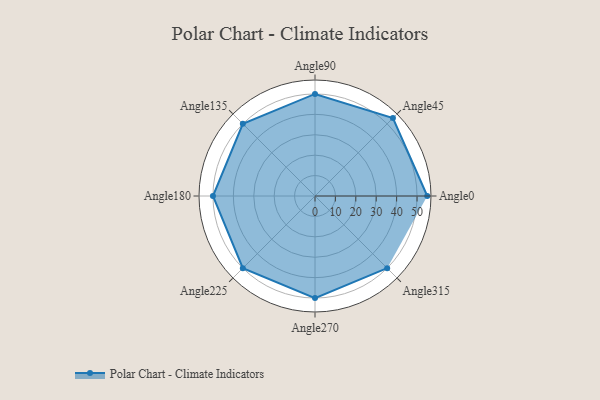
{"axis": {"x": "Angle", "y": "Radius"}, "legend": [""], "data": [{"x": "Angle0", "y": 55.0, "type": ""}, {"x": "Angle45", "y": 54.0, "type": ""}, {"x": "Angle90", "y": 50, "type": ""}, {"x": "Angle135", "y": 50, "type": ""}, {"x": "Angle180", "y": 50, "type": ""}, {"x": "Angle225", "y": 50, "type": ""}, {"x": "Angle270", "y": 50, "type": ""}, {"x": "Angle315", "y": 50, "type": ""}]}